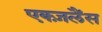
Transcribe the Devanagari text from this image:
एक्ज़लैंस